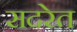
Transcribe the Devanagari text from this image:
सदरेत